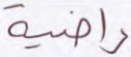
راضية